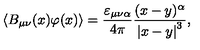
\langle B _ { \mu \nu } ( x ) \varphi ( x ) \rangle = \frac { \varepsilon _ { \mu \nu \alpha } } { 4 \pi } \frac { ( x - y ) ^ { \alpha } } { \left| x - y \right| ^ { 3 } } ,